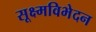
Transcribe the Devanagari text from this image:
सूक्ष्मविभेदन